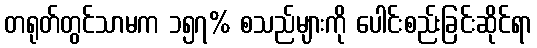
တရုတ်တွင်သာမက ၁၅၇% စသည်များကို ပေါင်းစည်းခြင်းဆိုင်ရာ